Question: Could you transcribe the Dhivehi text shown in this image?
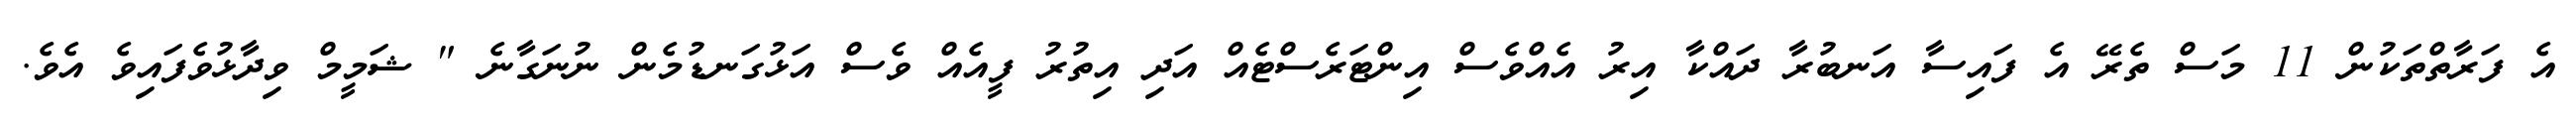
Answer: އެ ފަރާތްތަކުން 11 މަސް ތެރޭ އެ ފައިސާ އަނބުރާ ދައްކާ އިރު އެއްވެސް އިންޓަރެސްޓެއް އަދި އިތުރު ފީއެއް ވެސް އަޅުގަނޑުމެން ނުނަގާނެ " ޝަމީމް ވިދާޅުވެފައިވެ އެވެ.